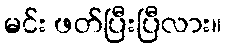
မင်း ဖတ်ပြီးပြီလား။